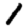
Digit: 1